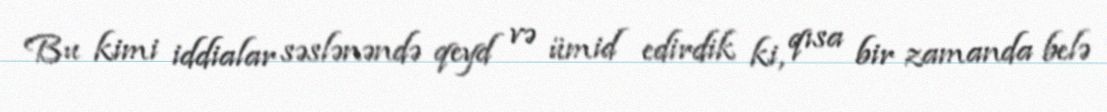
Bu kimi iddialar səslənəndə qeyd və ümid edirdik ki, qısa bir zamanda belə